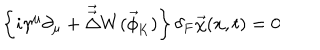
\left\{ i \gamma ^ { \mu } \partial _ { \mu } + \vec { \vec { \Delta } } W ( \vec { \phi } _ { \mathrm { K } } ) \right\} \delta _ { F } \vec { \chi } ( x , t ) = 0